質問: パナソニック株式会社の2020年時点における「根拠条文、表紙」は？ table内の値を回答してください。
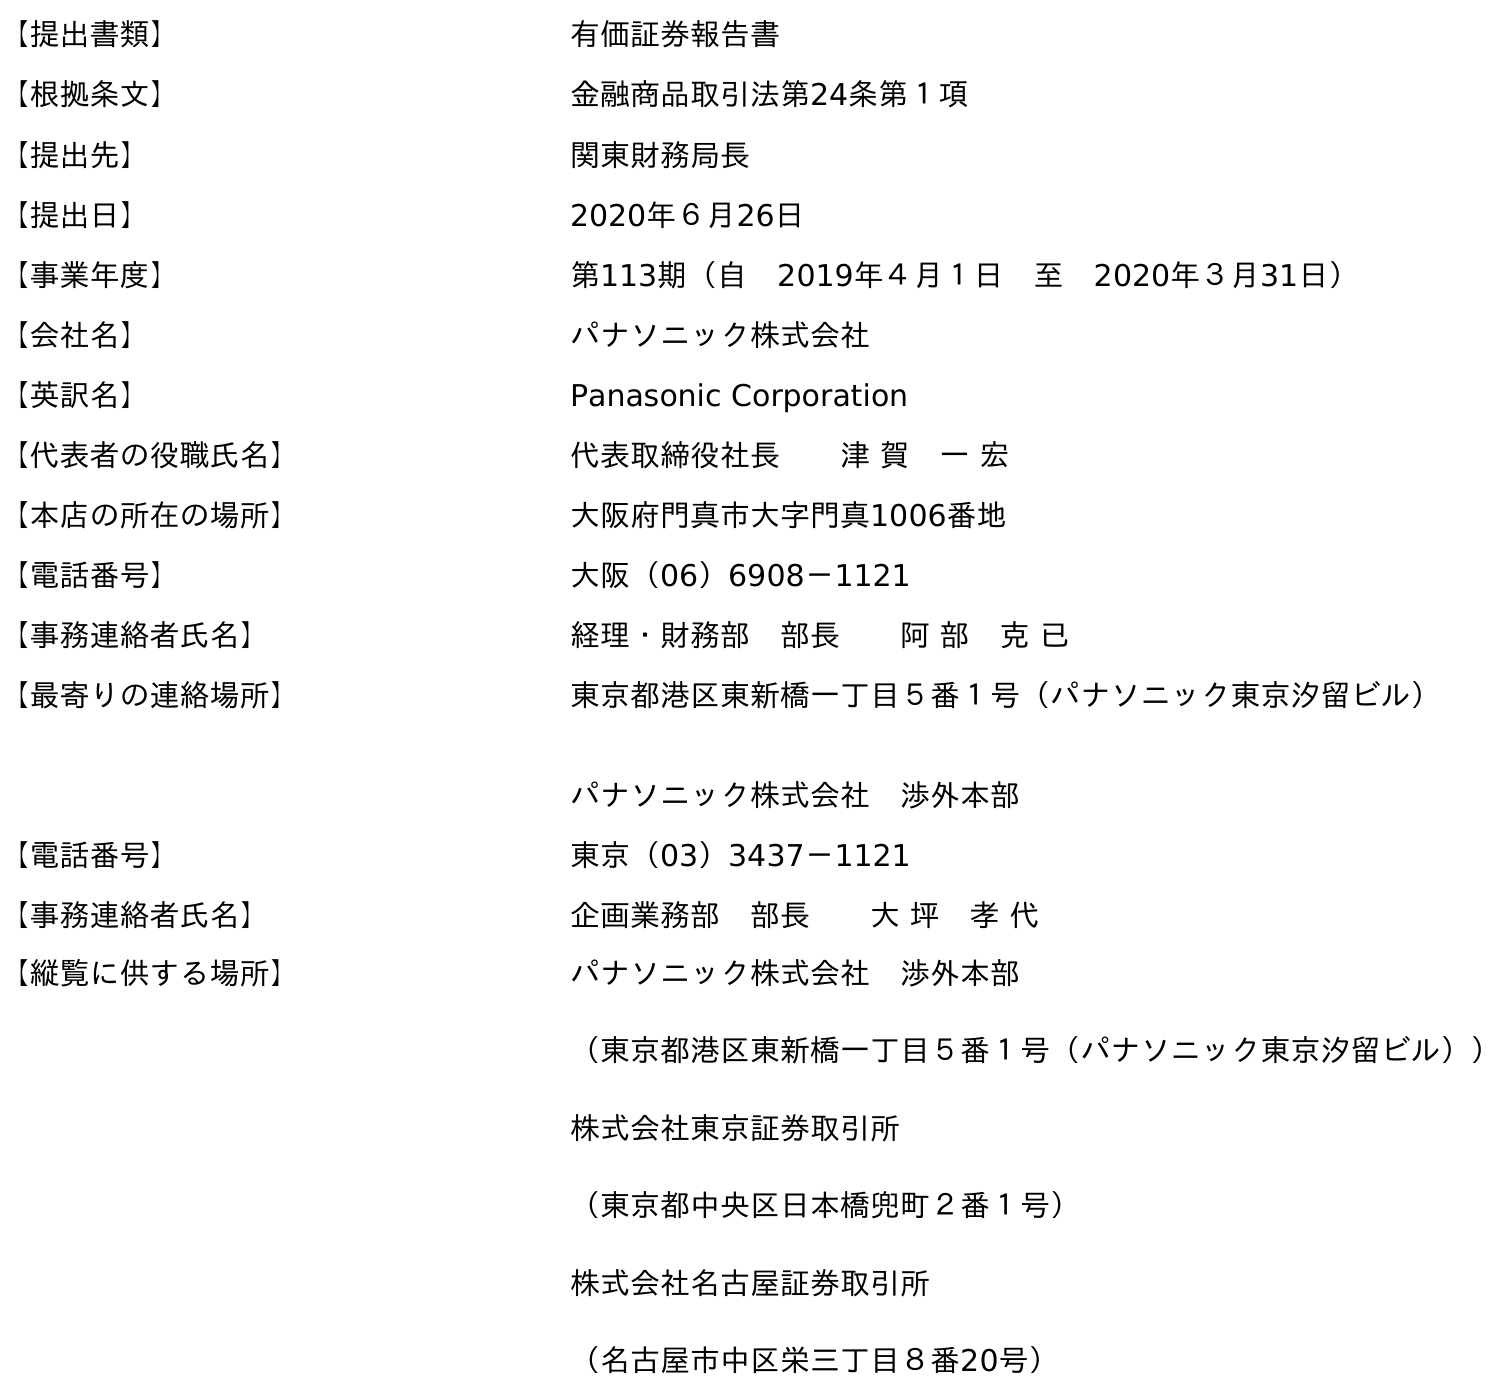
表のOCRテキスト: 【提出書類】 有価証券報告書 【根拠条文】 金融商品取引法第24条第１項 【提出先】 関東財務局長 【提出日】 2020年６月26日 【事業年度】 第113期（自 2019年４月１日 至 2020年３月31日） 【会社名】 パナソニック株式会社 【英訳名】 Panasonic Corporation 【代表者の役職氏名】 代表取締役社長  津 賀 一 宏 【本店の所在の場所】 大阪府門真市大字門真1006番地 【電話番号】 大阪（06）6908－1121 【事務連絡者氏名】 経理・財務部 部長  阿 部 克 已 【最寄りの連絡場所】 東京都港区東新橋一丁目５番１号（パナソニック東京汐留ビル） パナソニック株式会社 渉外本部 【電話番号】 東京（03）3437－1121 【事務連絡者氏名】 企画業務部 部長  大 坪 孝 代 【縦覧に供する場所】 パナソニック株式会社 渉外本部 （東京都港区東新橋一丁目５番１号（パナソニック東京汐留ビル）） 株式会社東京証券取引所 （東京都中央区日本橋兜町２番１号） 株式会社名古屋証券取引所 （名古屋市中区栄三丁目８番20号）
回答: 金融商品取引法第24条第１項